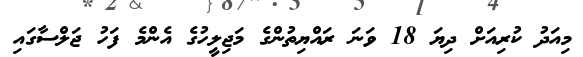
މިއަދު ކުރިއަށް ދިޔަ 18 ވަނަ ރައްޔިތުންގެ މަޖިލީހުގެ އެންމެ ފަހު ޖަލްސާގައި